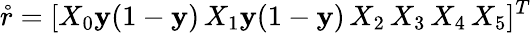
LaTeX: \mathring{r}=[X_{0}\mathbf{y}(1-\mathbf{y})\, X_{1}\mathbf{y}(1-\mathbf{y})\, X_{2}\, X_{3}\, X_{4}\, X_{5}]^{T}